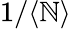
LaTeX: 1/\langle\mathbb{N}\rangle